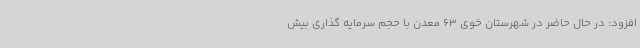
افزود: در حال حاضر در شهرستان خوی 63 معدن با حجم سرمایه گذاری بیش